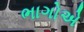
ભાગોએ